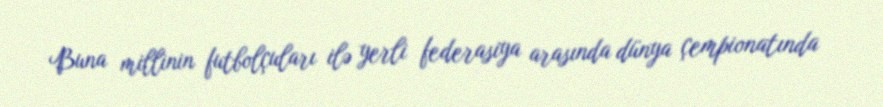
Buna millinin futbolçuları ilə yerli federasiya arasında dünya çempionatında